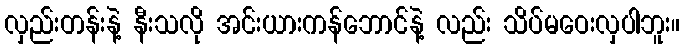
လှည်းတန်းနဲ့ နီးသလို အင်းယားကန်ဘောင်နဲ့ လည်း သိပ်မဝေးလှပါဘူး။